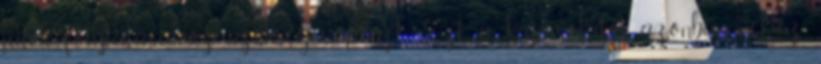
játék folytatásához szükséges pénzt. Ezt a kapcsolatot azonban nehéz